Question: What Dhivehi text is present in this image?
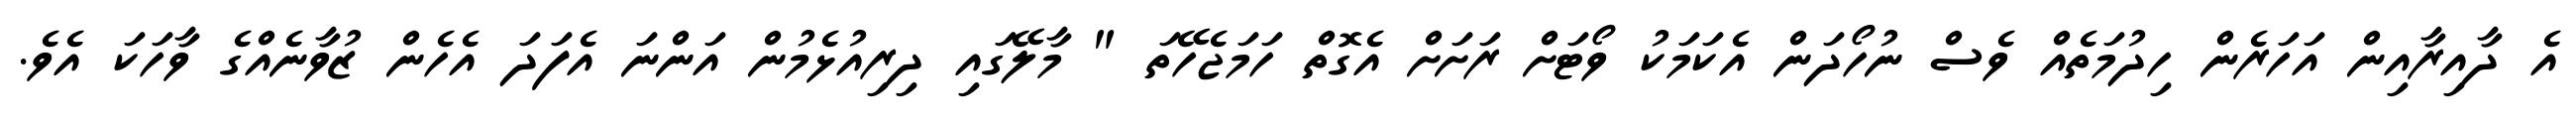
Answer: އެ ދާއިރާއިން އަހަރެން ހިދުމަތެއް ވެސް ނުހޯދަން އެކަމަކު ވޯޓަށް ރަށަށް އެގޮތް ހަމަޖެހޭތަ " މާލޭގައި ދިރިއުޅެމުން އަންނަ އެފަދަ އެހެން ޒުވާނެއްގެ ވާހަކަ އެވެ.